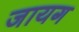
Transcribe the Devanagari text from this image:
जायग